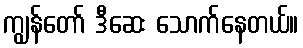
ကျွန်တော် ဒီဆေး သောက်နေတယ်။